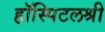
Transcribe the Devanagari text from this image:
हॉस्पिटलश्री